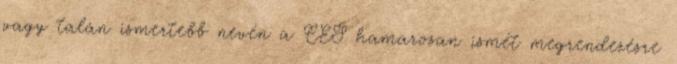
vagy talán ismertebb nevén a CES hamarosan ismét megrendezésre